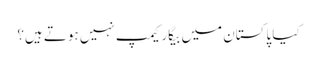
کیا پاکستان میں بیگار کیمپ نہیں ہوتے ہیں؟